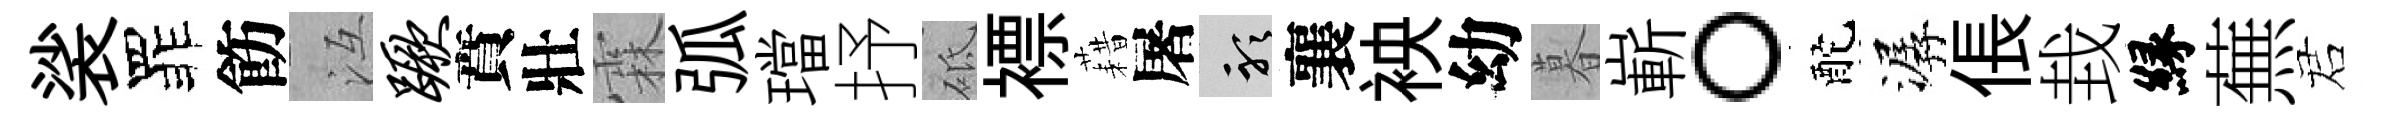
裟罪飭冱蹶賁壯霖弧璫抒砥褾藉屠聽襄䘧幼暮嶄。酡潺倀㘽縁蕪诺